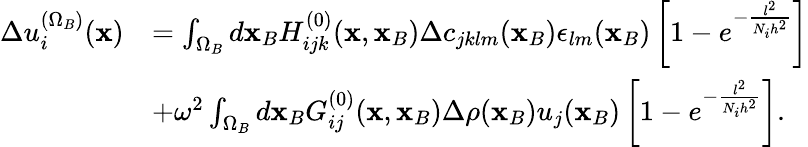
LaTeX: \begin{array}{rl}{\Delta u_{i}^{(\Omega_{B})}({\mathbf x})}&{=\int_{\Omega_{B}}d{\mathbf x_{B}}H_{ijk}^{(0)}({\mathbf x},{\mathbf x_{B}})\Delta c_{jklm}({\mathbf x_{B}})\epsilon_{lm}({\mathbf x_{B}})\left[1-e^{-\frac{l^{2}}{N_{i}h^{2}}}\right]}\\ &{+\omega^{2}\int_{\Omega_{B}}d{\mathbf x_{B}}G_{ij}^{(0)}({\mathbf x},{\mathbf x_{B}})\Delta\rho({\mathbf x_{B}})u_{j}({\mathbf x_{B}})\left[1-e^{-\frac{l^{2}}{N_{i}h^{2}}}\right].}\end{array}